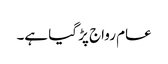
عام رواج پڑ گیا ہے۔